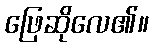
ဖြေဆိုလေ၏။